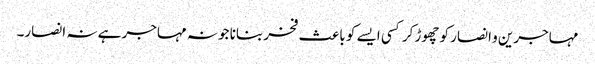
مہاجرین و انصار کو چھوڑ کر کسی ایسے کو باعث فخر بنانا جو نہ مہاجر ہے نہ انصار۔